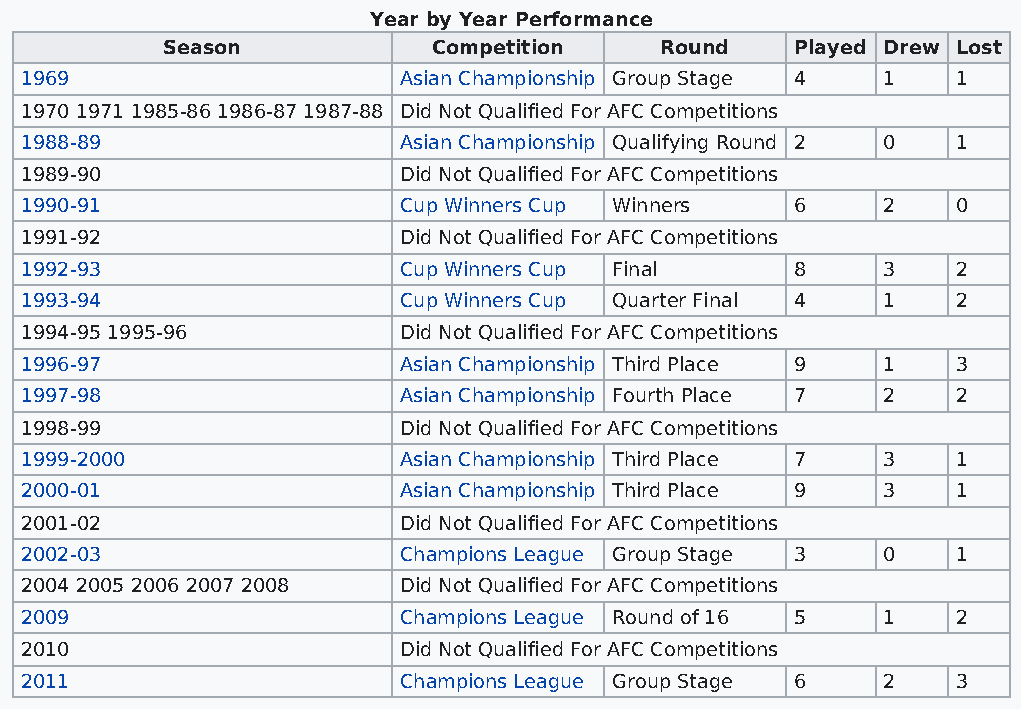
Year by Year Performance
 Season            Competition    Round    Played Drew Lost
 1969                     Asian Championship Group Stage 4 1   1
 1970 1971 1985-86 1986-87 1987-88 Did Not Qualified For AFC Competitions
 1988-89                  Asian Championship Qualifying Round 2 0 1
 1989-90                  Did Not Qualified For AFC Competitions
 1990-91                  Cup Winners Cup Winners    6    2    0
 1991-92                  Did Not Qualified For AFC Competitions
 1992-93                  Cup Winners Cup Final      8    3    2
 1993-94                  Cup Winners Cup Quarter Final 4 1    2
 1994-95 1995-96          Did Not Qualified For AFC Competitions
 1996-97                  Asian Championship Third Place 9 1   3
 1997-98                  Asian Championship Fourth Place 7 2  2
 1998-99                  Did Not Qualified For AFC Competitions
 1999-2000                Asian Championship Third Place 7 3   1
 2000-01                  Asian Championship Third Place 9 3   1
 2001-02                  Did Not Qualified For AFC Competitions
 2002-03                  Champions League Group Stage 3  0    1
 2004 2005 2006 2007 2008 Did Not Qualified For AFC Competitions
 2009                     Champions League Round of 16 5  1    2
 2010                     Did Not Qualified For AFC Competitions
 2011                     Champions League Group Stage 6  2    3